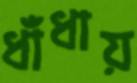
ধাঁধায়